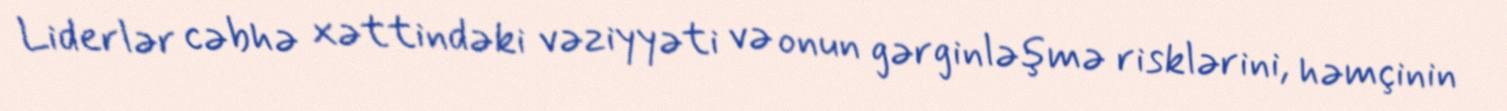
Liderlər cəbhə xəttindəki vəziyyəti və onun gərginləşmə risklərini, həmçinin